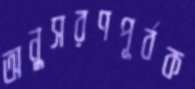
অনুসরণপূর্বক